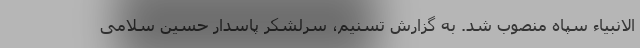
الانبیاءِ سپاه منصوب شد. به گزارش تسنیم، سرلشکر پاسدار حسین سلامی